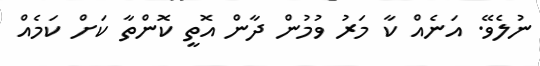
ނުލެވޭ. އަނެއް ކާ މަރު ވުމުން ދާން އޮތީ ކޮންތާ ކަށް ކަމެއް